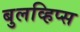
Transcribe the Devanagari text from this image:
बुलव्हिप्स